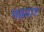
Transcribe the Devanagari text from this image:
मढ़वाए